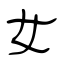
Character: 女